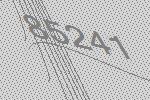
85241